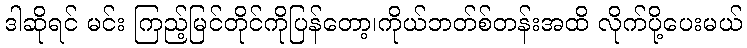
ဒါဆိုရင် မင်း ကြည့်မြင်တိုင်ကိုပြန်တော့၊ကိုယ်ဘတ်စ်တန်းအထိ လိုက်ပို့ပေးမယ်